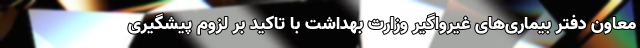
معاون دفتر بیماری‌های غیرواگیر وزارت بهداشت با تاکید بر لزوم پیشگیری